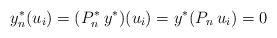
LaTeX: \begin{align*} y_n^*(u_i) = (P_n^* \: y^*)(u_i) = y^* (P_n \: u_i) = 0 \end{align*}